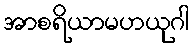
အာစရိယာမဟယုဂါ